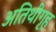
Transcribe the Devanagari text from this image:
अतिथीगृह